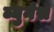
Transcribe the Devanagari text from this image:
ब्युनेस